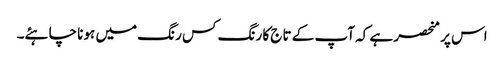
اس پر منحصر ہے کہ آپ کے تاج کا رنگ کس رنگ میں ہونا چاہئے۔